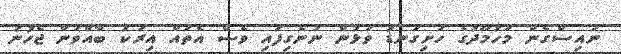
ނައިސްގެން މަހުމޫދުގެ ހަށިގަނޑު ވަޅުން ނުނެގިފައި ވެސް އެތައް އިރަކު ބާއްވަން ޖެހުނު